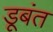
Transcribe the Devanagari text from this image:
डूबंत